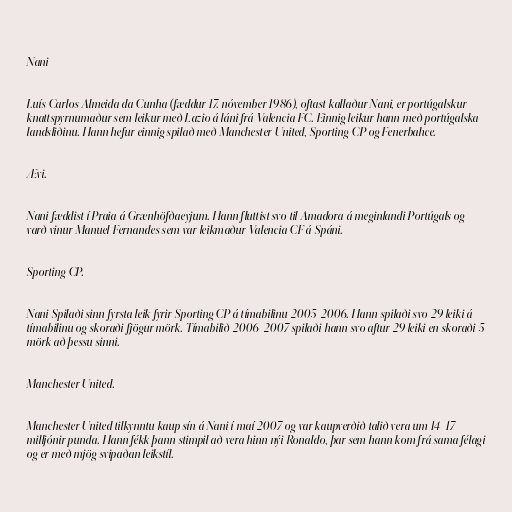
Nani

Luís Carlos Almeida da Cunha (fæddur 17. nóvember 1986), oftast kallaður Nani, er portúgalskur
knattspyrnumaður sem leikur með Lazio á láni frá Valencia FC. Einnig leikur hann með portúgalska
landsliðinu. Hann hefur einnig spilað með Manchester United, Sporting CP og Fenerbahce.

Ævi.

Nani fæddist í Praia á Grænhöfðaeyjum. Hann fluttist svo til Amadora á meginlandi Portúgals og
varð vinur Manuel Fernandes sem var leikmaður Valencia CF á Spáni.

Sporting CP.

Nani Spilaði sinn fyrsta leik fyrir Sporting CP á tímabilinu 2005-2006. Hann spilaði svo 29 leiki á
tímabilinu og skoraði fjögur mörk. Tímabilið 2006-2007 spilaði hann svo aftur 29 leiki en skoraði 5
mörk að þessu sinni.

Manchester United.

Manchester United tilkynntu kaup sín á Nani í maí 2007 og var kaupverðið talið vera um 14-17
milljónir punda. Hann fékk þann stimpil að vera hinn nýi Ronaldo, þar sem hann kom frá sama félagi
og er með mjög svipaðan leikstíl.